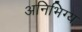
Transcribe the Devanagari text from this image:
अनिभिग्य